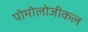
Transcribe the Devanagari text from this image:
पोमोलोजीकल